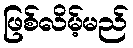
ဖြစ်လိမ့်မည်